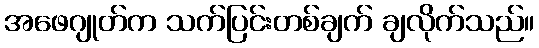
အဖေဂျုတ်က သက်ပြင်းတစ်ချက် ချလိုက်သည်။